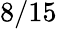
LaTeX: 8/15